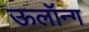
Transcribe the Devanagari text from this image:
ऊलॉन्ग